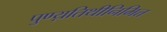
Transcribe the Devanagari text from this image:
पुण्य़तिथीनिमित्त